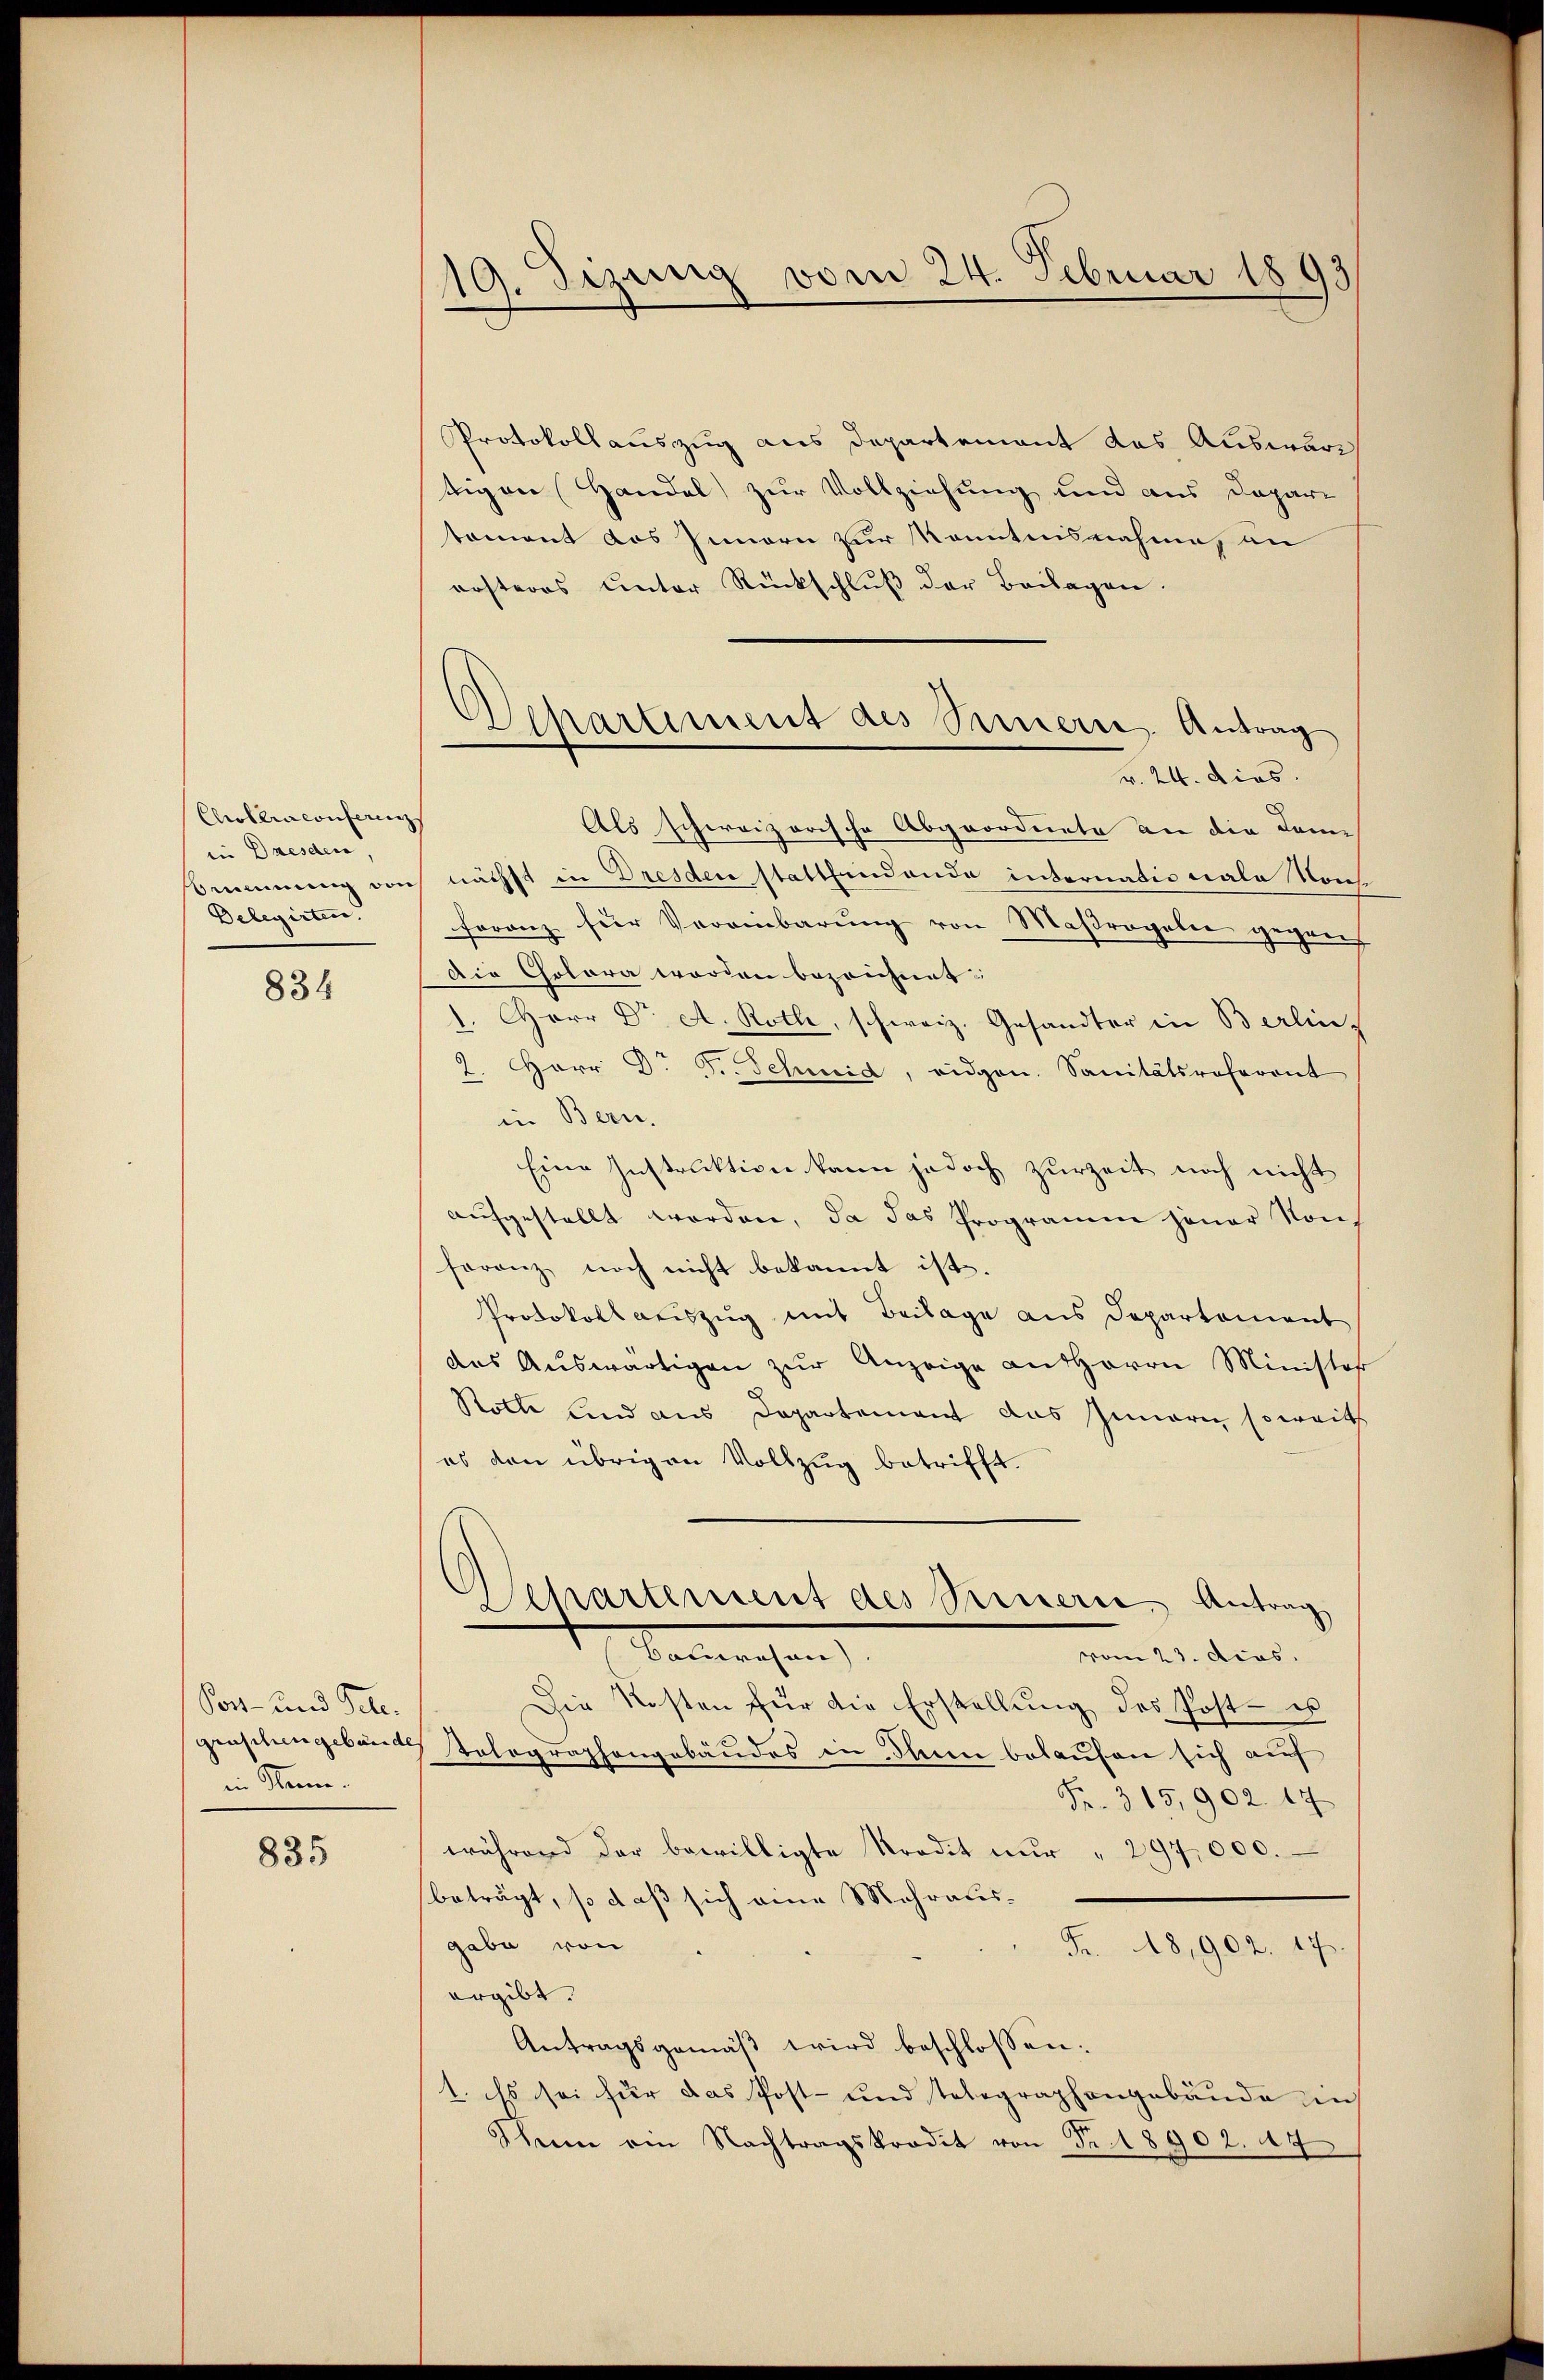
Cholera conferen
in Dresden
mmmung von
Delegirten.

834

Post- und Pete
genschengebäude
in Stem¬

835

19. Sizung vom 24. Februar 1893

Appartiment des Sinnern Antrag
v. 24. Dies

Protokollauszug aus Departement das Auswärt
tigen Handel zur Vollziehung und aus Depari
tament das Innern zur Kenntnisnahme, un
arsteres unter Rückschlŭβ der Beilagen.
Als schweizerische Abgeordnete an die Komnächst in Dresden statthandende internationale Konferanz für Vereinbarung von Maßregeler gegen
Die Colora werden bezeichnet:
1. Herr Dr A. Roth, schweiz. Gesandter in Berlin-
2. Herr D. P. Schmid, eidgen. Sanitätsreferent
in Bern.
Eine Instruktion kann jedoch zurZeit noch nicht
aufgestellt worden, da das Programm jener Nonferanz noch nicht bekannt ist.
Protokollauszug mit Beilage aus Departement
das Auswärtigen zur Anzeige an Herrn Minister
Rolle und aus Departement das Innern soweit
es den übrigen Vollzug betrifft.
Departement des Treuern, Antrag
Walterachen
vom 23. dcas.
Die Kosten für die Erstellung des Post - es
Tolographengebäudes in dann belaufen sich auf
Fr. 315,902. 17
während der bewilligte Tradit nŭr " 297, 000.
beträgt, so daß sich eine Mehrausgabe von
Fr. 48,902. 17.
ergibt.
Antragsgemäß wird beschlossen:
1. Es sei für das Post- und Telegraphengebäude in
Ihnen am Nachtragskredit von Fr. 18902. 44